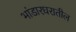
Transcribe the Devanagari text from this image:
भांडारघरातील